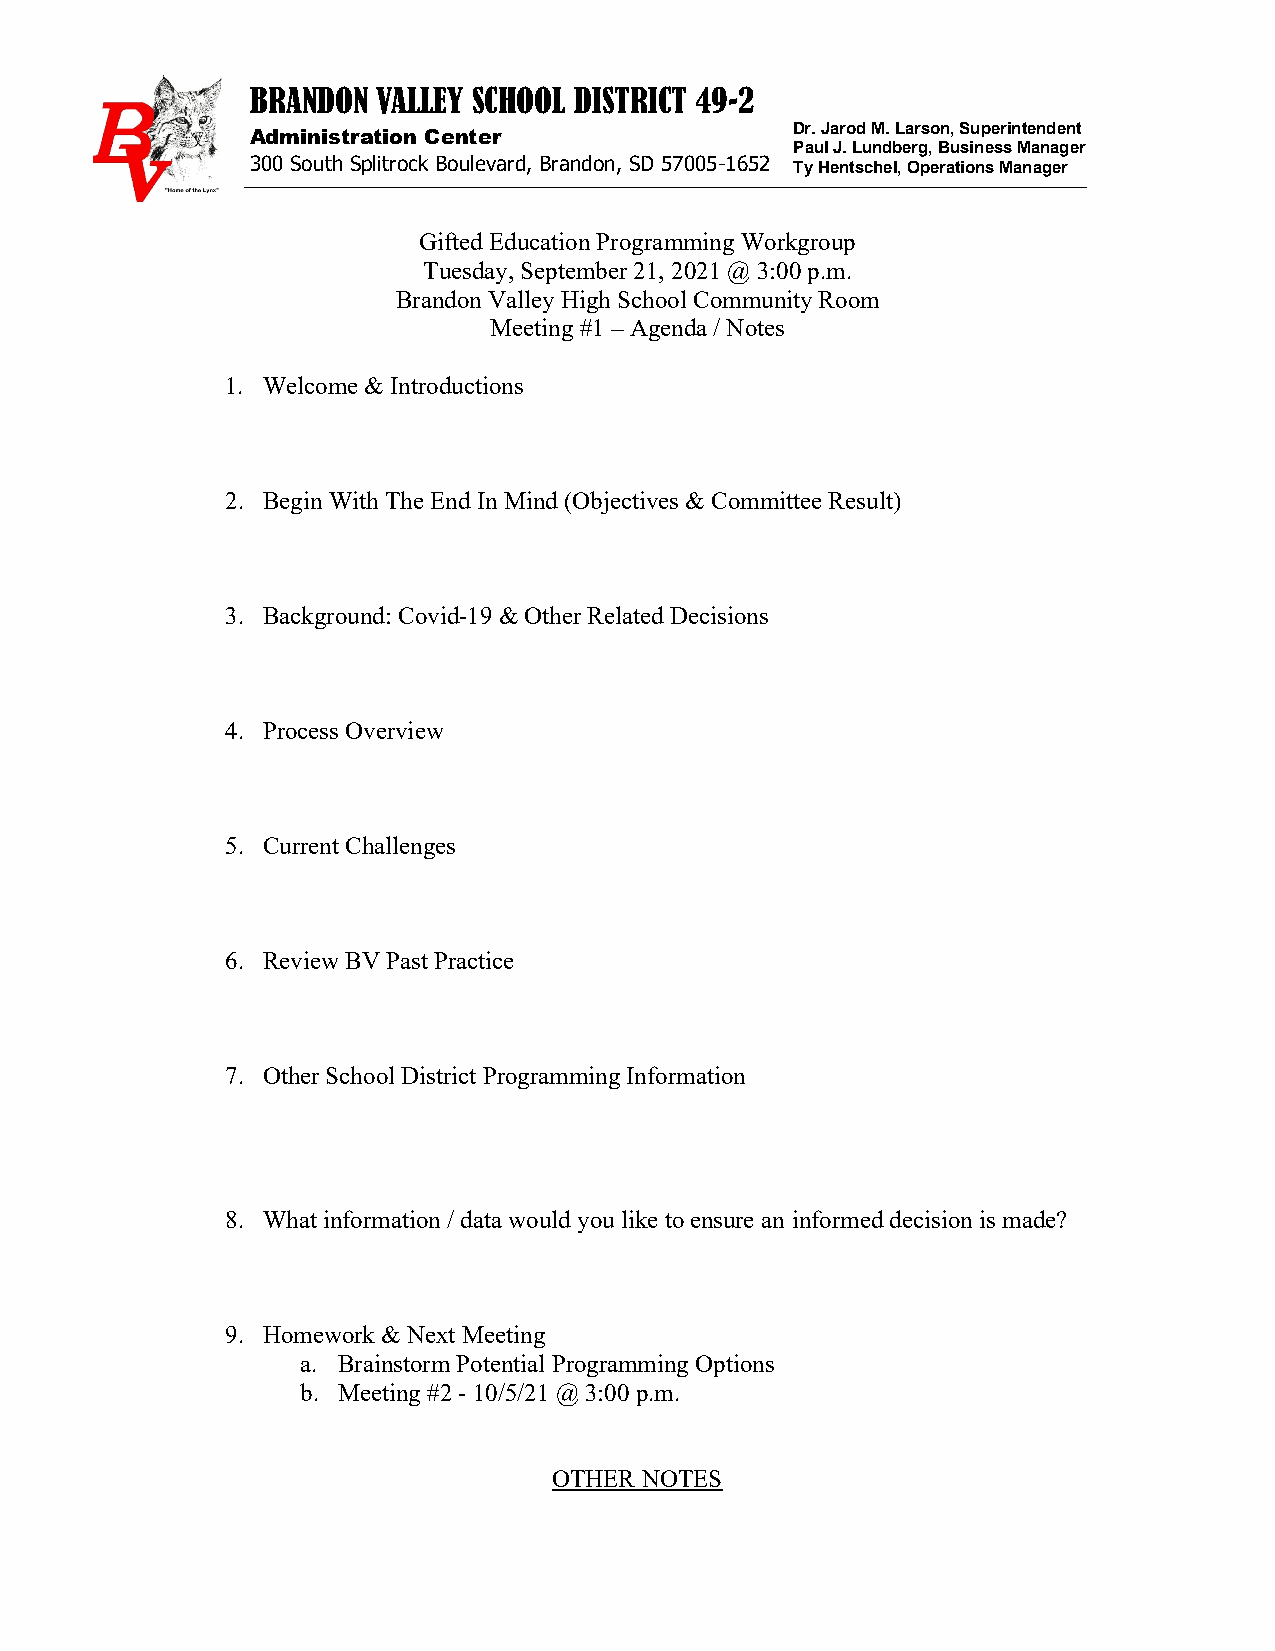
BRANDON VALLEY SCHOOL DISTRICT 49-2
 Administration Center               Dr. Jarod M. Larson, Superintendent
 Paul J. Lundberg, Business Manager
 300 South Splitrock Boulevard, Brandon, SD 57005-1652 Ty Hentschel, Operations Manager
 Gifted Education Programming Workgroup
 Tuesday, September 21, 2021 @ 3:00 p.m.
 Brandon Valley High School Community Room
 Meeting #1 – Agenda / Notes
 1. Welcome & Introductions
 2. Begin With The End In Mind (Objectives & Committee Result)
 3. Background: Covid-19 & Other Related Decisions
 4. Process Overview
 5. Current Challenges
 6. Review BV Past Practice
 7. Other School District Programming Information
 8. What information / data would you like to ensure an informed decision is made?
 9. Homework & Next Meeting
 a. Brainstorm Potential Programming Options
 b. Meeting #2 - 10/5/21 @ 3:00 p.m.
 OTHER NOTES